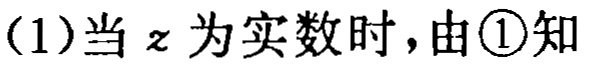
(1)当\(z\)为实数时，由\textcircled{1}知